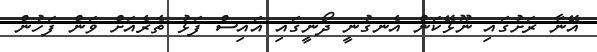
އޭނާ ރަށުގައި ނޫޅޭކަން އެނގުނީ ދޯނީގައި އައިސް ފަޅު ތެރެއަށް ވަން ފަހުން